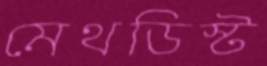
মেথডিস্ট